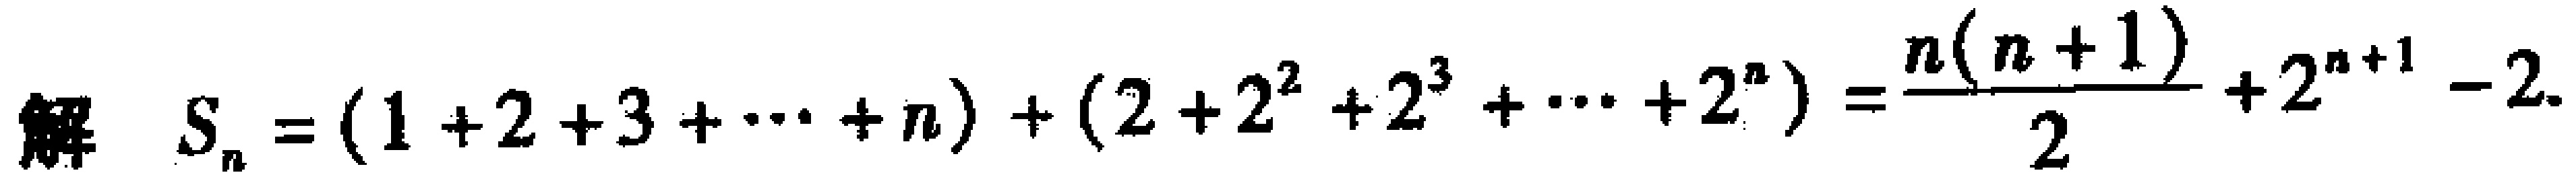
解 \(S_{n}=(1 + 2 + 3+\cdots + n)+(2 + 2^{2}+2^{3}+\cdots + 2^{n})=\frac{n(n + 1)}{2}+2^{n + 1}-2\)